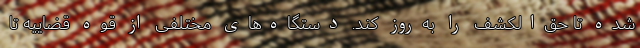
شده تا حق‌الکشف را به‌روز کند. دستگاه‌های مختلفی از قوه قضاییه تا